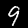
Digit: 9